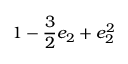
\displaystyle 1 - \frac { 3 } { 2 } e _ { 2 } + e _ { 2 } ^ { 2 }